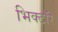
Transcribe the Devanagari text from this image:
भिक्टॉर